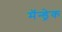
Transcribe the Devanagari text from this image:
मॅन्ड्रेक